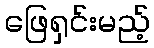
ဖြေရှင်းမည့်